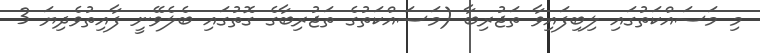
މި މަސައްކަތުގައި ލިބިފައިވާ ތަޖުރިބާ (މަސައްކަތުގެ ތަޖުރިބާގެ ގޮތުގައި ބެލެވޭނީ ފާއިތުވެދިޔަ 3